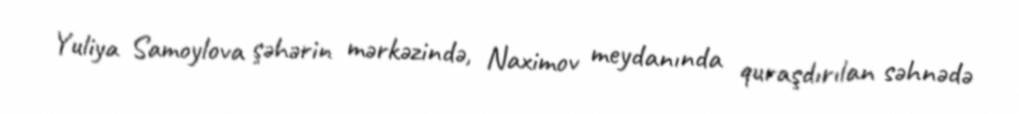
Yuliya Samoylova şəhərin mərkəzində, Naximov meydanında quraşdırılan səhnədə